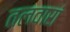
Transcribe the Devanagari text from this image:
तलवारां